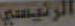
الرئيسي